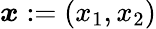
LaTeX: \boldsymbol{x}:=(x_{1},x_{2})